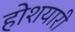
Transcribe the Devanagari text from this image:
होशयारी